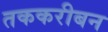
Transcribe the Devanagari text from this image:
तककरीबन